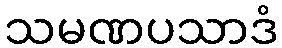
သမဏပသာဒံ